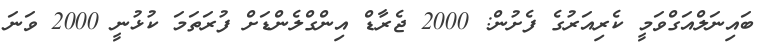
ބައިނަލްއަގްވަމީ ކެރިއަރުގެ ފެށުން: 2000 ޖެރާޑް އިންގްލެންޑަށް ފުރަތަމަ ކުޅުނީ 2000 ވަނަ